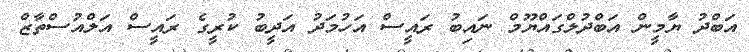
އަބްދު ޔާމީން އަބްދުލްގައްޔޫމް ނައިބު ރައީސް އަހުމަދު އަދީބު ކުރީގެ ރައީސް އަލްއުސްތާޒް